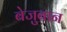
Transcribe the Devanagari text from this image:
बेजुबान